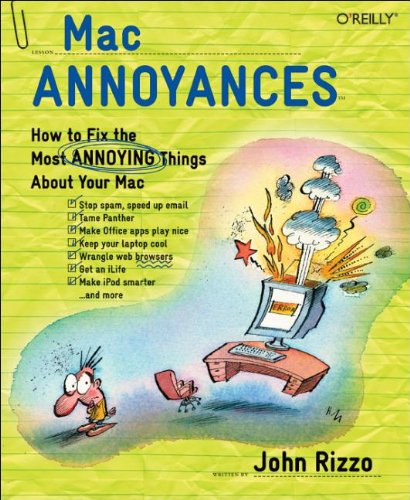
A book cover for Mac Annoyances; John Rizzo; Computers & Technology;